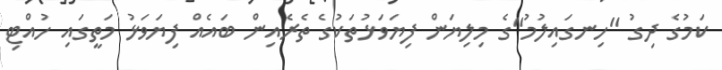
ކަމުގެ ދިގު "ހިނގައިލުމު"ގެ މިލިޔަން ފިޔަވަޅުތަކުގެ ތެރެއިން ބައެއް ފިޔަވަޅު މަތީގައި ހުއްޓި